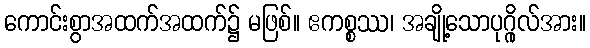
ကောင်းစွာအထက်အထက်၌ မဖြစ်။ ဧကစ္စဿ၊ အချို့သောပုဂ္ဂိုလ်အား။